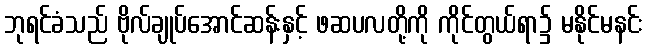
ဘုရင်ခံသည် ဗိုလ်ချုပ်အောင်ဆန်းနှင့် ဖဆပလတို့ကို ကိုင်တွယ်ရာ၌ မနိုင်မနင်း